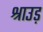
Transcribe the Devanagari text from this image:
श्राउड़